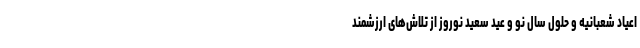
اعیاد شعبانیه و حلول سال نو و عید سعید نوروز از تلاش‌های ارزشمند